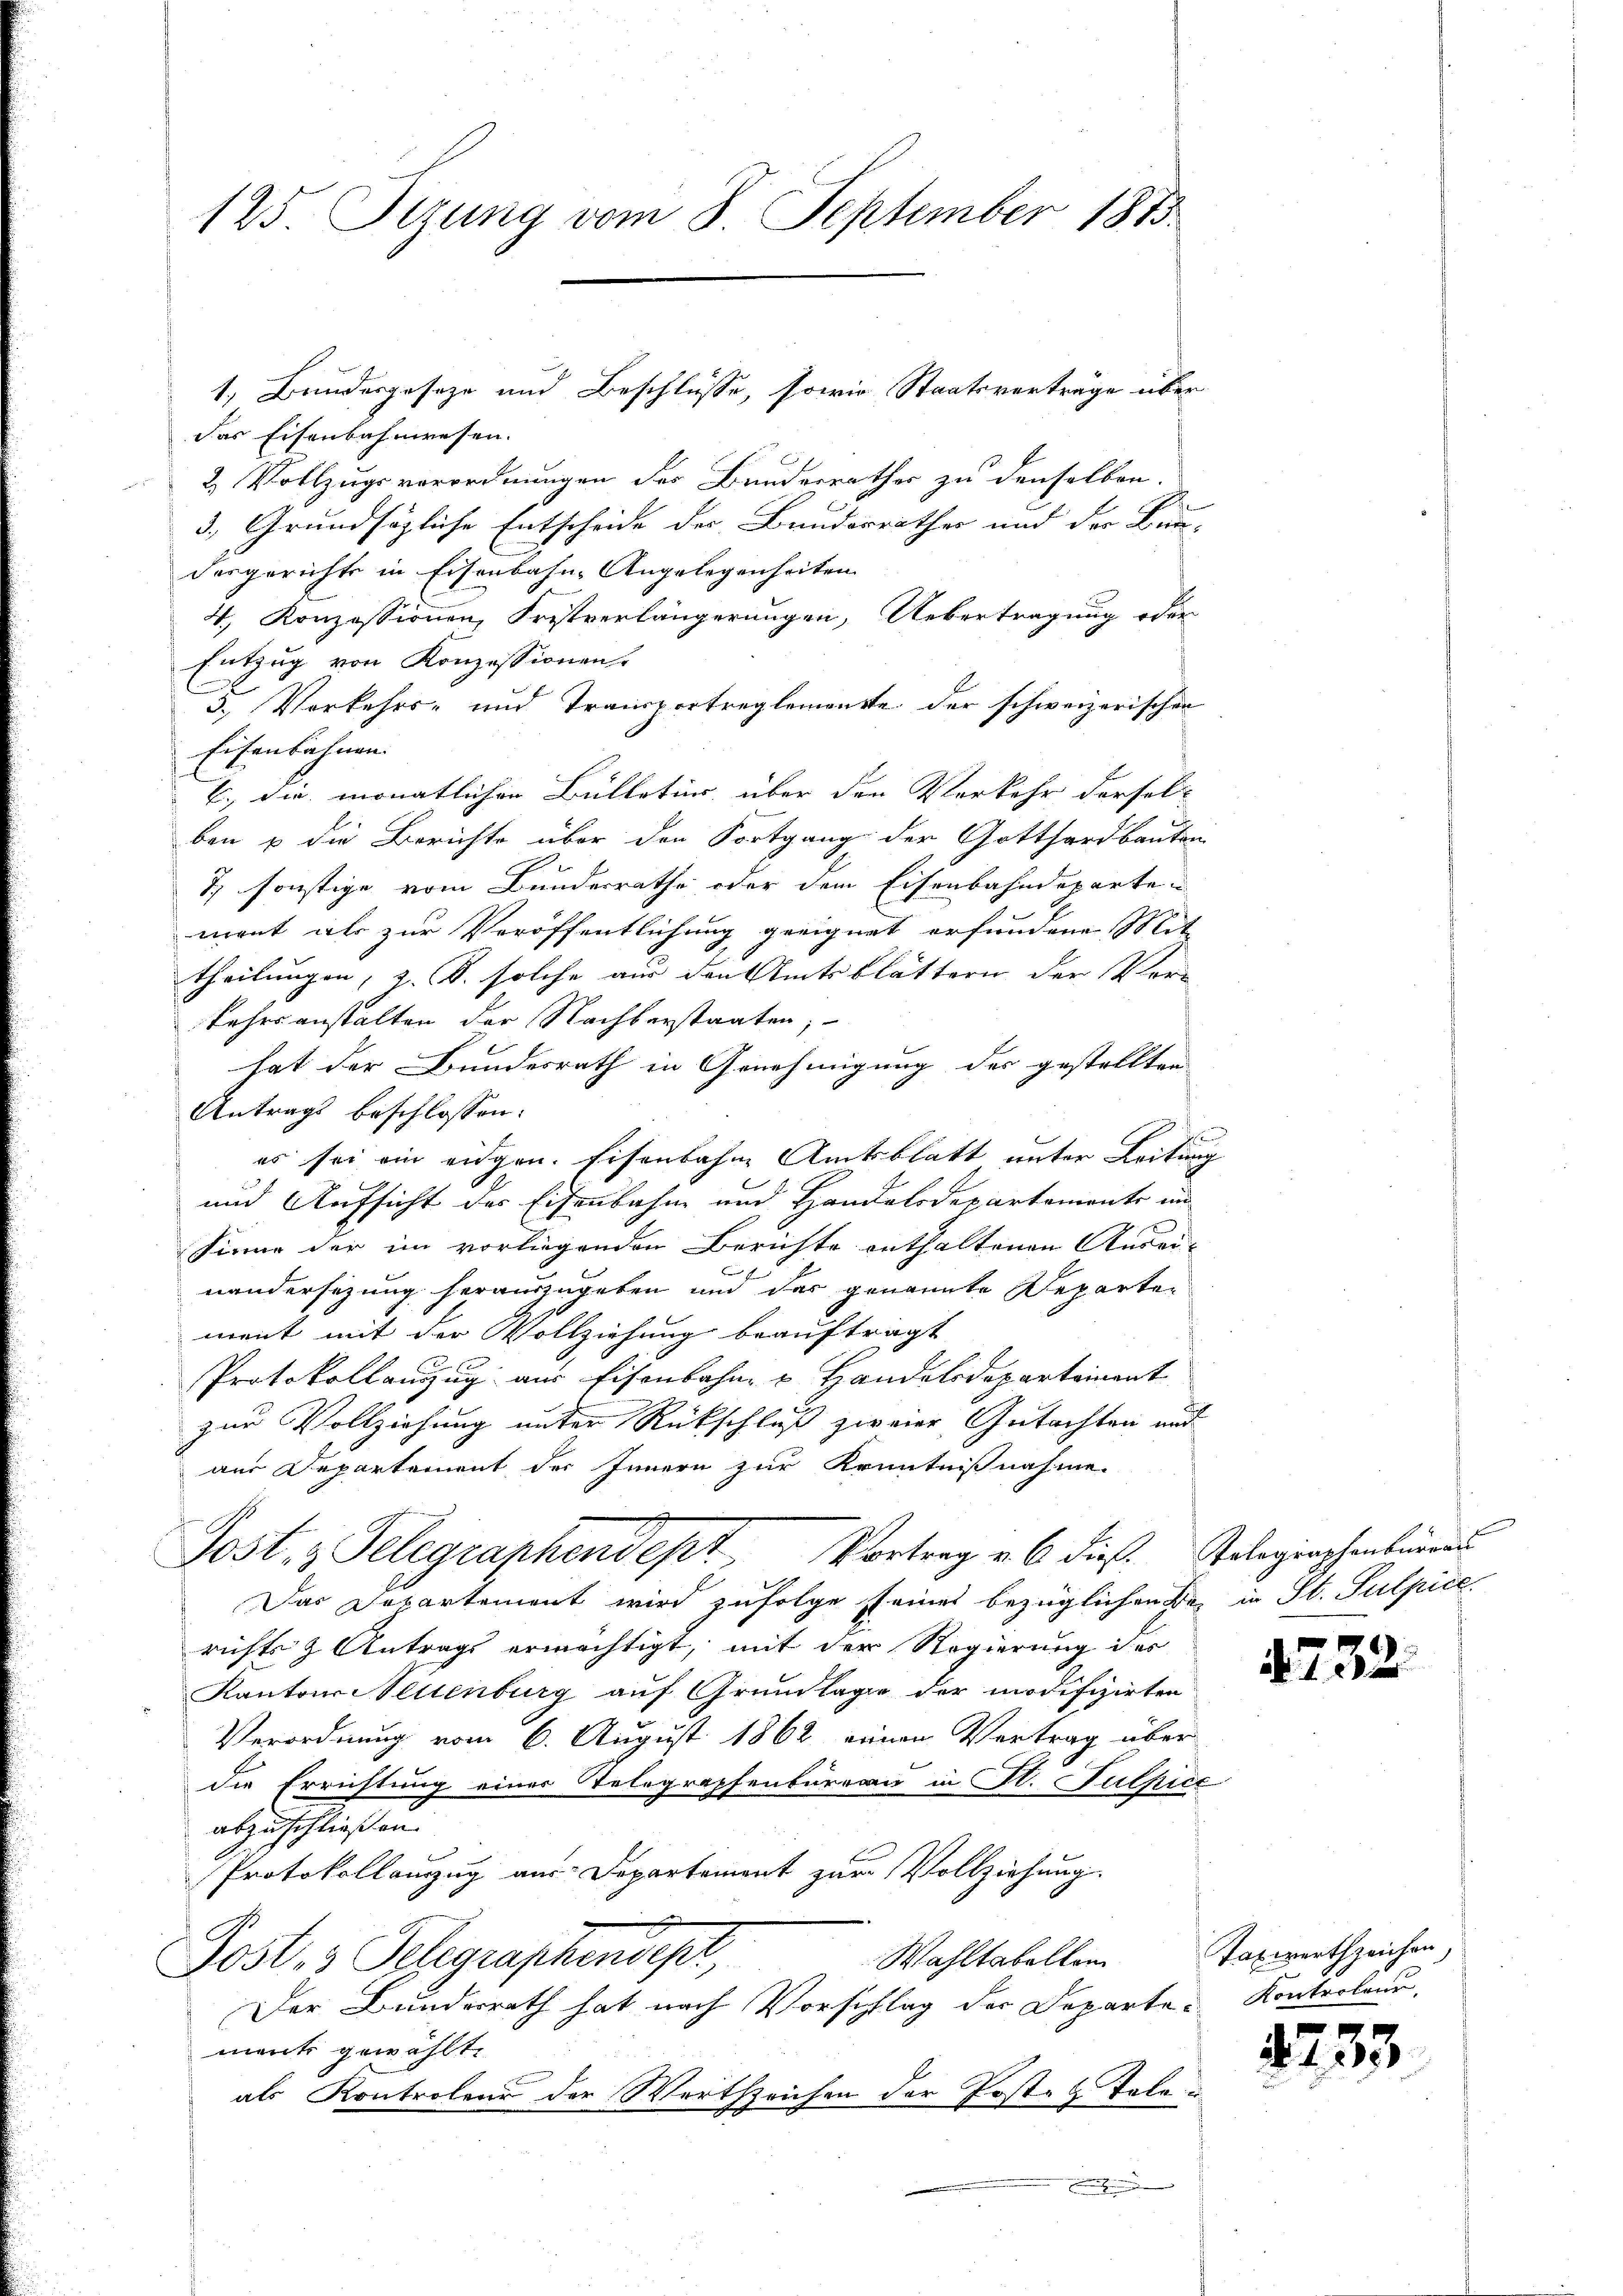
125. Dezung vom 8. September 1813.

das Eisenbahnwesen.
2. Vollzugsverordnungen des Bundesrathes zu denselben.
3. Grundsägliche Entscheide der Bunderrathes und der Bun-
desgerichte in Eisenbahn-Angelegenheiten
4. Konzessionen, Fristverlängerungen, Uebertragung oder
Entzug von Konzessionen
3.) Vorkehrs- und Transportreglemente der schweizerischen
Eisenbahnen.
E. die monatlichen Bulletur, über den Verkehr derselben u die Berichte über den Fortgang der Gotthardbauten
7) sonstige vom Bundesrathe oder dem Eisenbahndeparten
mant als zur Veröffentlichung geeignet erfundene Mit-
theilungen, z. B. solche aus den Amtsblättern der Ver-
kehrsanstalten der Nachberstaaten,
hat der Bundesrath in Genehmigung des gestellten
Antrags beschlossen:
es sei ein eidgen. Eisenbahne Amtsblatt unter Leitung
und Aufsicht der Eisenbahn und Handelsdepartemente im
Sinne der im vorliegenden Berichte enthaltenen Anwei-
x
nandersezung herauszugeben und der genannte Departen
ment mit der Vollziehung beauftragt
Protokollauszug aus Eisenbahn u Handelsdepartement
zur Vollziehung unter Rückschluß zweier, Gutachten und
aus Departement des Innern zur Kenntnißnahme.
Post z. Telegraphendept, Vortrag u. 6 diese Pologischenbüren
Das Departement wird zufolge steines bezüglichen Bei in St. Sulpice
richts & Antrags ermächtigt, mit der Regierung des
Kantons Seitenburg auf Grundlage der modifizirten
Verordnung vom 6. August 1862 einen Vertrag über
die Errichtung einer Telegraphenbureau in St. Fulpice
abzuschließen.
Protokollauszug aus Departemont zur Vollziehung.
C
Wahltabellem
Post 3 Telegraphendept,
Der Bunderrath hat nach Vorschlag der Departe Kontroleur,
ments gewählt.
als Kontroleur der Wertszeichen der Posten Tale

1, Bundesgeseze und Beschlüsse, sowie Staatsverträge über

und

475

2.

Taxwerth zeichen,

2233